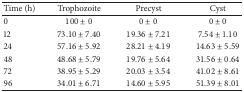
<table><thead><tr><td><b>Time (h)</b></td><td><b>Trophozoite</b></td><td><b>Precyst </b></td><td><b>Cyst</b></td></tr></thead><tbody><tr><td>0</td><td>100 ± 0</td><td>0 ± 0</td><td>0 ± 0</td></tr><tr><td>12</td><td>73.10 ± 7.40</td><td>19.36 ± 7.21</td><td>7.54 ± 1.10</td></tr><tr><td>24</td><td>57.16 ± 5.92</td><td>28.21 ± 4.19</td><td>14.63 ± 5.59</td></tr><tr><td>48</td><td>48.68 ± 5.79</td><td>19.76 ± 5.64</td><td>31.56 ± 0.64</td></tr><tr><td>72</td><td>38.95 ± 5.29</td><td>20.03 ± 3.54</td><td>41.02 ± 8.61</td></tr><tr><td>96</td><td>34.01 ± 6.71</td><td>14.60 ± 5.95</td><td>51.39 ± 8.01</td></tr></tbody></table>